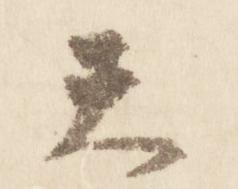
天